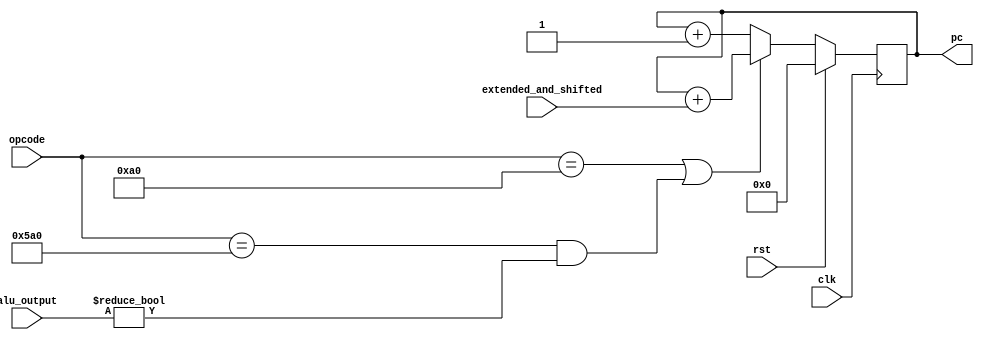
`timescale 1ns / 1ps
//////////////////////////////////////////////////////////////////////////////////
// Company: 
// Engineer: 
// 
// Design Name: 
// Module Name: PC_Counter
// Project Name: 
// Target Devices: 
// Tool Versions: 
// Description: 
// 
// Dependencies: 
// 
// Revision:
// Revision 0.01 - File Created
// Additional Comments:
// 
//////////////////////////////////////////////////////////////////////////////////


module PC_Counter(
    input clk,
    input rst,
    input [63:0] alu_output,
    input [63:0] extended_and_shifted,
    input [10:0] opcode,
    output reg [63:0] pc
    );
    
    always @ (posedge clk) begin
      if (rst)
        pc <= 64'h0;
      else if (opcode == 11'h0A0 || (opcode == 11'h5A0 && alu_output != 0))  begin
        pc <= pc + extended_and_shifted;
      end
      else 
        pc <= pc + 1'b1;
    end

    
endmodule